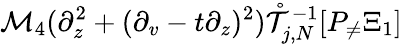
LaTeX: \mathcal{M}_{4}(\partial_{z}^{2}+(\partial_{v}-t\partial_{z})^{2})\mathring{\mathcal{T}}_{j,N}^{-1}[P_{\neq}\Xi_{1}]